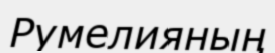
Румелияның